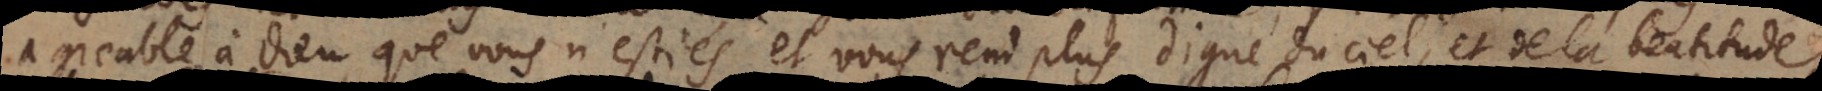
agreable à Dieu que vous n’estiés, et vous rend plus digne du ciel, et de la beatitud